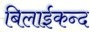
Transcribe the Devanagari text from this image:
बिलाईकन्द